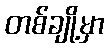
တစ်ချို့မှာ